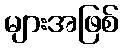
များအဖြစ်